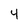
Character: 4